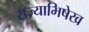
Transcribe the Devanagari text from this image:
राज्याभिषेख